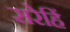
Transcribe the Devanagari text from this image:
सरेहिं